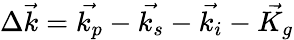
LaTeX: \Delta\vec{k}=\vec{k_{p}}-\vec{k_{s}}-\vec{k_{i}}-\vec{K_{g}}